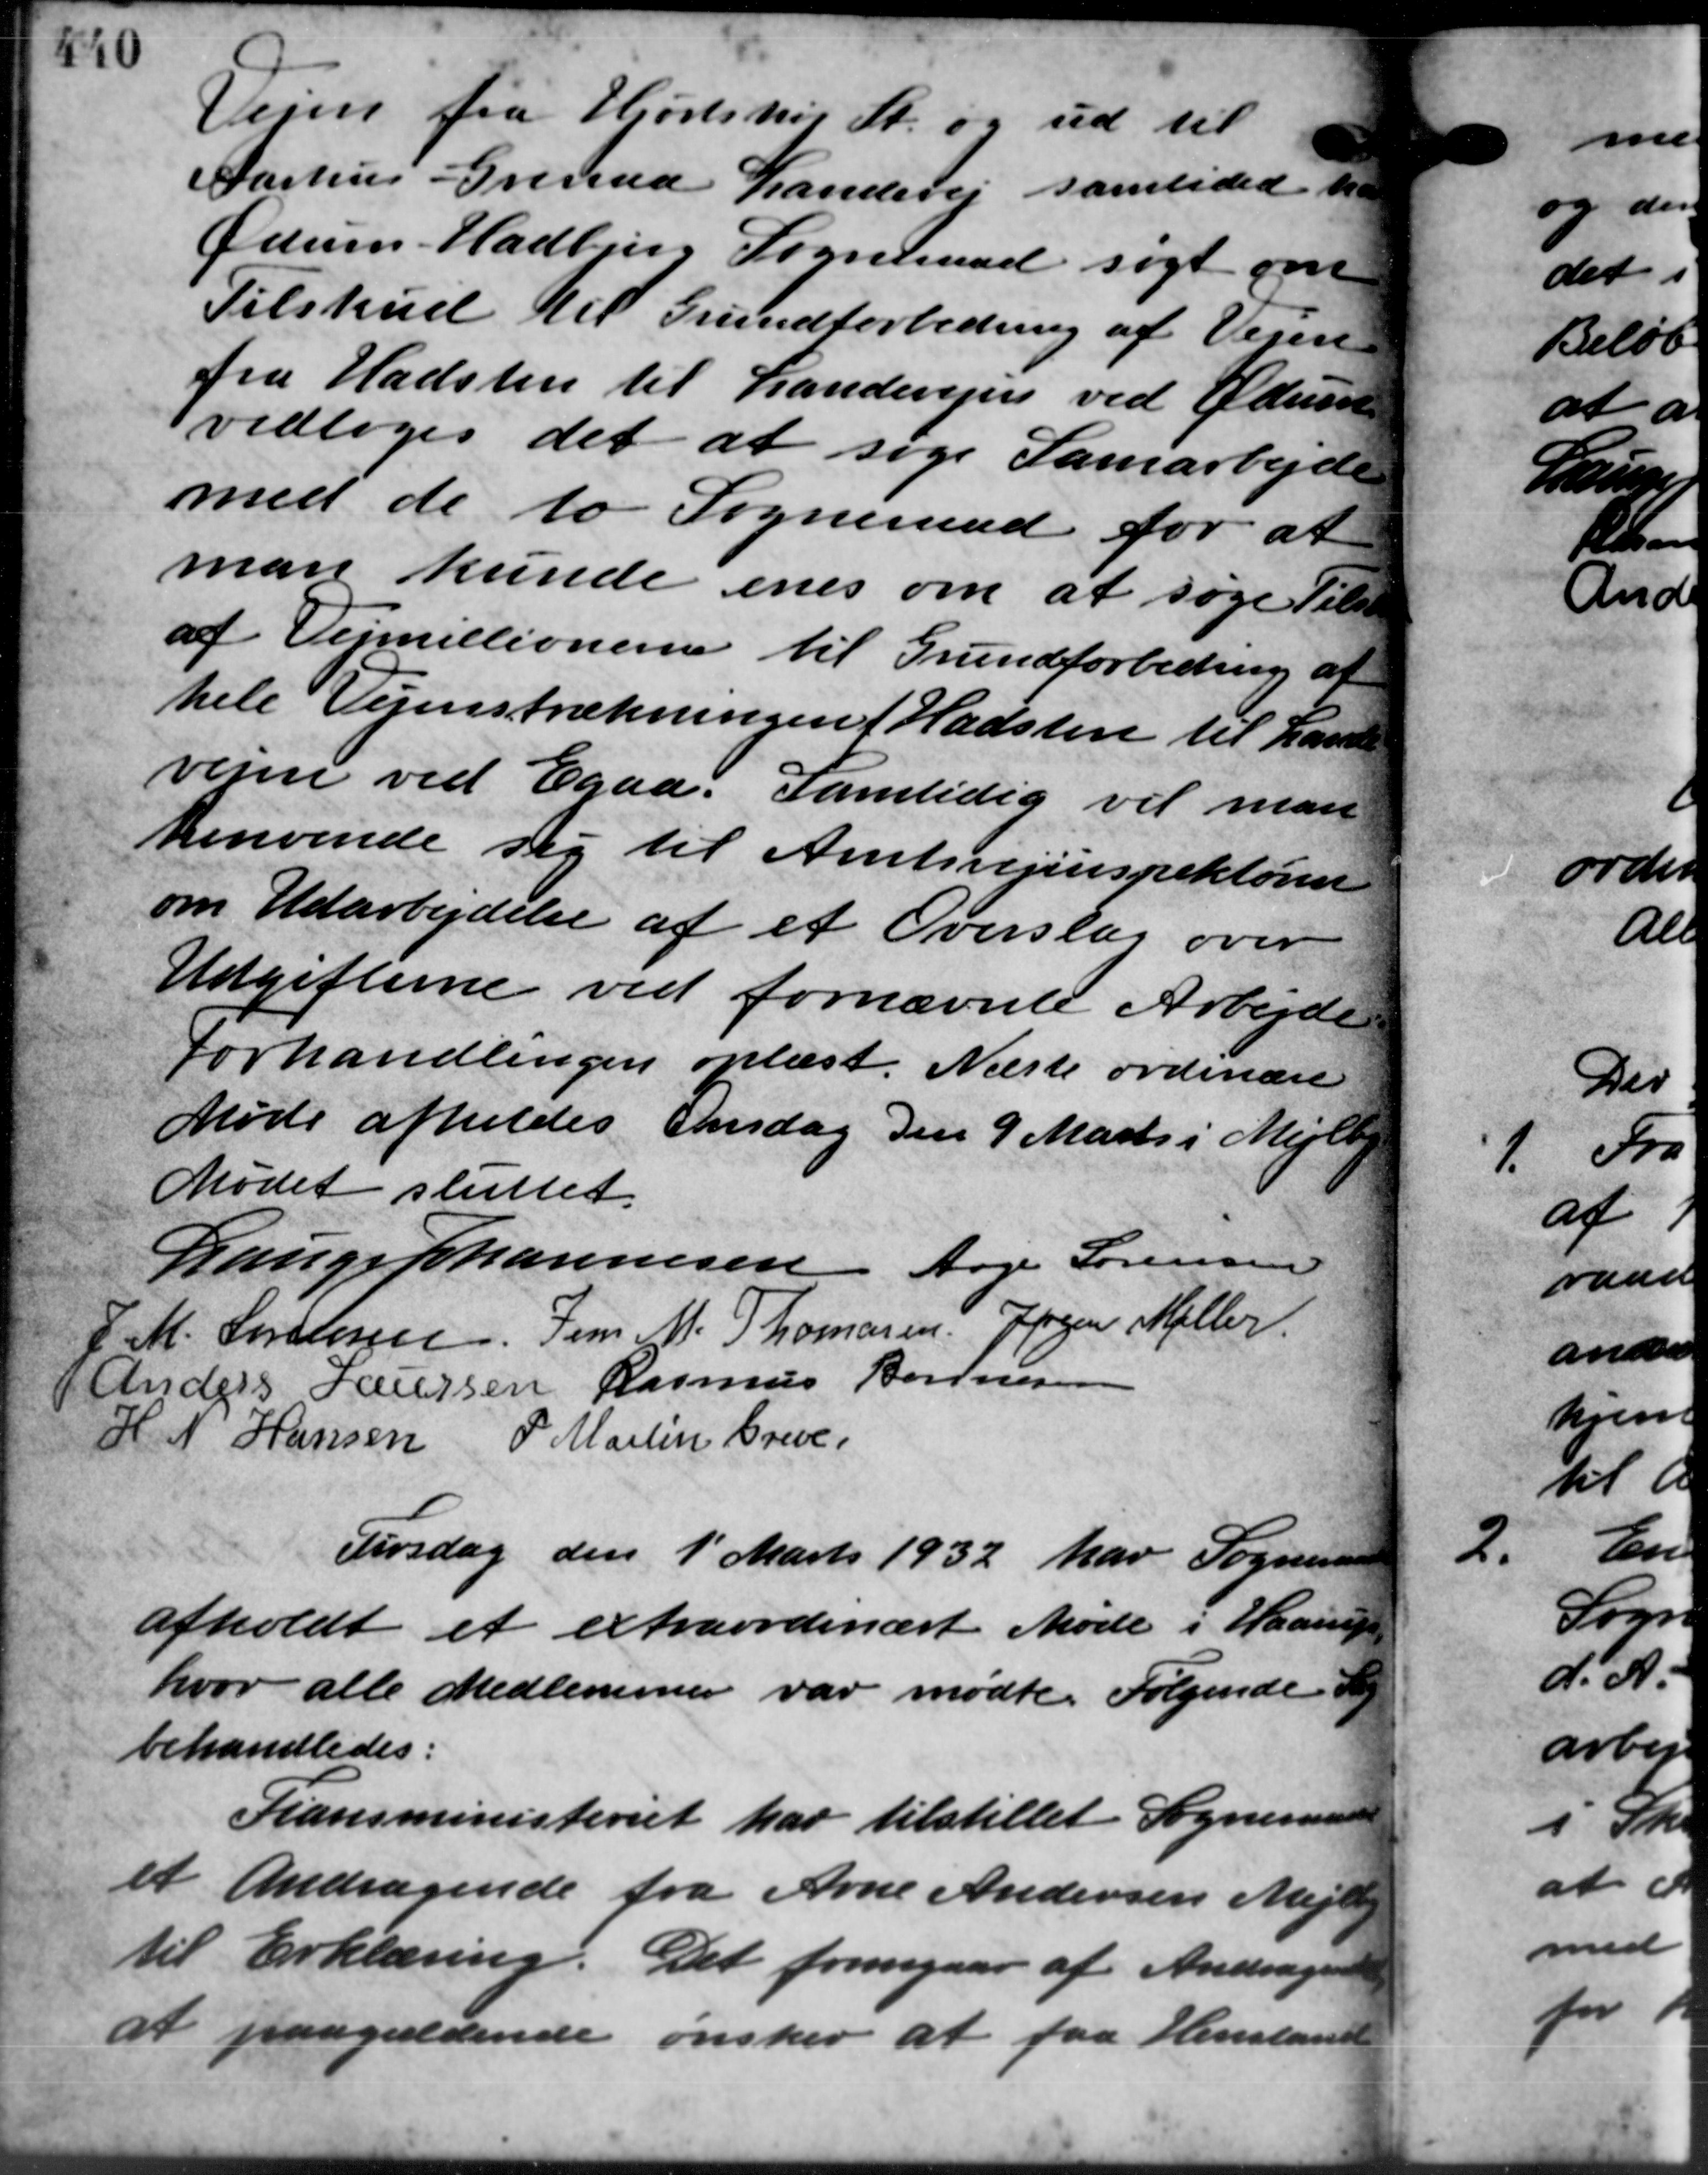
Transskription:
Vejen fra Hjortshøj St. og ud til
Aarhus Grevsaa Landevej samtidede a
Ødum Hadbjerg Sogneraad søgt omt
Tilskud til Grundforbedring af Vejen
fra Hadsten til Landevejen ved Ødum
vedtoges det at søge Samarbejde
med de to Sogneraad for at
man kunde enes om at søge Tils
af Vejmillionerne til Grundforbedring af
hele Vejenstrækningen i Hadsten til Land
vejen ved Egaa. Samtidig vil man
henvende sig til Amtsvejinspektøren
om Udarbejdelse af et Overslag over
Udgifterne ved fornævnte Arbejde
Forhandlingen oplæst. Næste ordinære
Møde afholdes Onsdag den 9 Marts i Mejlby
Mødet sluttet.
Lauge Johannesen Aage Sørensen
J. M. Sørensen Jens M. Thomasen Jørgen Møller
 Anders Laursen Rasmus Bonnesen
H. N. Hansen P. Martin Greve,
Tirsdag den 1' Marts 1932 har Sogneraad
afholdt et extraordinært Møde i Haarup
hvor alle Medlemmer var mødte. Følgende Sag
behandledes:
Tiansministeriet har tilstillet Sogneraadet
et Andragende fra Arne Andersen Mejlby
til Erklæring. Det fremgaar af Andragende
at paagældende ønsker at faa Henstand